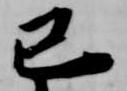
己